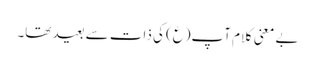
بے معنی کلام آپ(ع) کی ذات سے بعید تھا۔